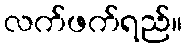
လက်ဖက်ရည်။